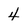
Character: 4